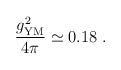
LaTeX: \begin{align*}{g^2_{\mathrm{YM}}\over 4\pi} \simeq 0.18\ .\end{align*}